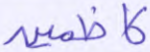
كاظمين